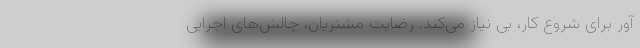
آور برای شروع کار، بی نیاز می‌کند. رضایت مشتریان، چالش‌های اجرایی